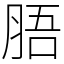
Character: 䏸